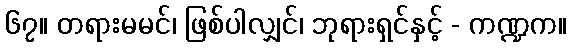
၆၇။ တရားမမင်၊ ဖြစ်ပါလျှင်၊ ဘုရားရှင်နှင့် - ကဏ္ဍက။